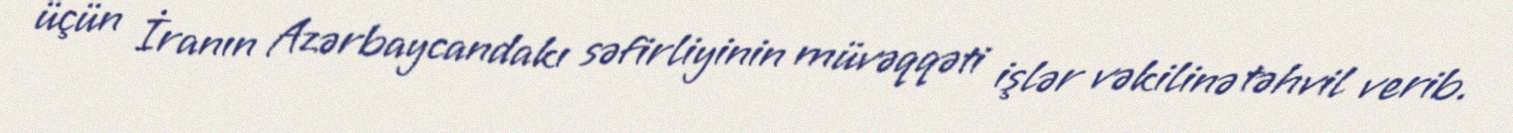
üçün İranın Azərbaycandakı səfirliyinin müvəqqəti işlər vəkilinə təhvil verib.